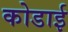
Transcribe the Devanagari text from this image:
कोडाई